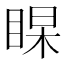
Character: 𭾻